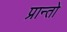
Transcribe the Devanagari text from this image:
प्रान्‍तो